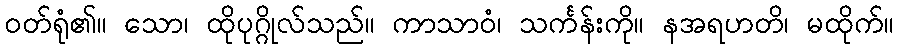
ဝတ်ရုံ၏။ သော၊ ထိုပုဂ္ဂိုလ်သည်။ ကာသာဝံ၊ သင်္ကန်းကို။ နအရဟတိ၊ မထိုက်။